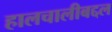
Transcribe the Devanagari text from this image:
हालचालीबद्दल